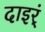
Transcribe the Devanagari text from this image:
दाइर्ं